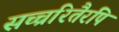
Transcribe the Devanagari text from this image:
सच्चरितैरपि